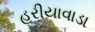
હરીયાવાડા